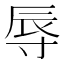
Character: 辱